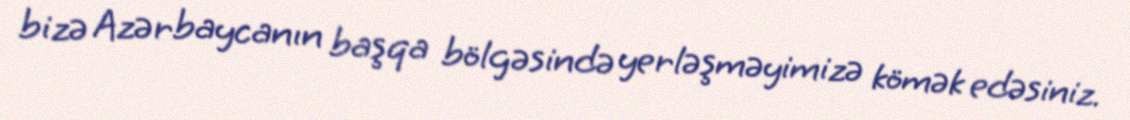
bizə Azərbaycanın başqa bölgəsində yerləşməyimizə kömək edəsiniz.